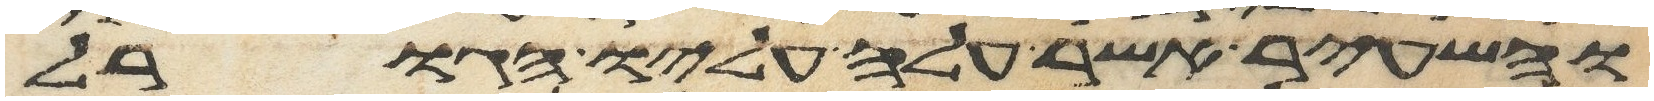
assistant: והשעיר אשר עלה עליו הגורל